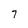
Character: 7